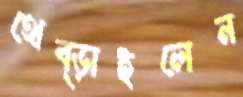
থেব্‌ড়াইলেন